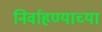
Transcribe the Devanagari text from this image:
निर्वाहण्याच्या